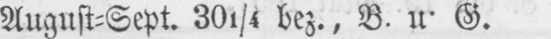
August⸗Sept. 301/4 bez., B. u. G.